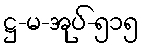
ဋ္ဌ-မ-အုပ်-၅၁၅